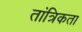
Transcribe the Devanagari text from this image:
तांत्रिकता